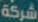
شركة